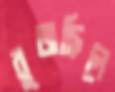
বুজছিলে